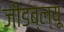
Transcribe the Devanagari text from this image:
जीडब्ल्यू